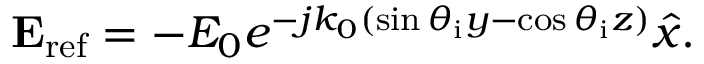
\mathbf { E } _ { \mathrm { r e f } } = - E _ { 0 } e ^ { - j k _ { 0 } ( \sin \theta _ { \mathrm { i } } y - \cos \theta _ { \mathrm { i } } z ) } \hat { x } .